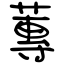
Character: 蓴